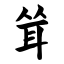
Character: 耸